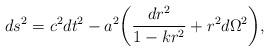
LaTeX: \begin{align*}ds^2=c^2dt^2-a^2\biggl(\frac{dr^2}{1-kr^2}+r^2d\Omega^2\biggr),\end{align*}